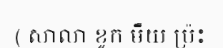
( សាលា ខូក មឺយ ប្រ៉ះ